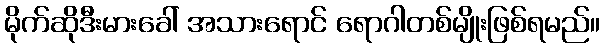
မိုက်ဆိုဒီးမားခေါ် အသားရောင် ရောဂါတစ်မျိုးဖြစ်ရမည်။